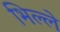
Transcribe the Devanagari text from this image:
भिल्ले